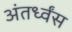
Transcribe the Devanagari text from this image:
अंतर्ध्वंस